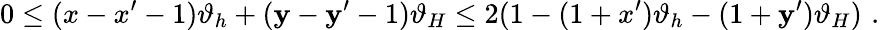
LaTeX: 0\leq(x-x^{\prime}-1)\vartheta_{h}+(\mathbf{y}-\mathbf{y}^{\prime}-1)\vartheta_{H}\leq2(1-(1+x^{\prime})\vartheta_{h}-(1+\mathbf{y}^{\prime})\vartheta_{H})\, \, .\,